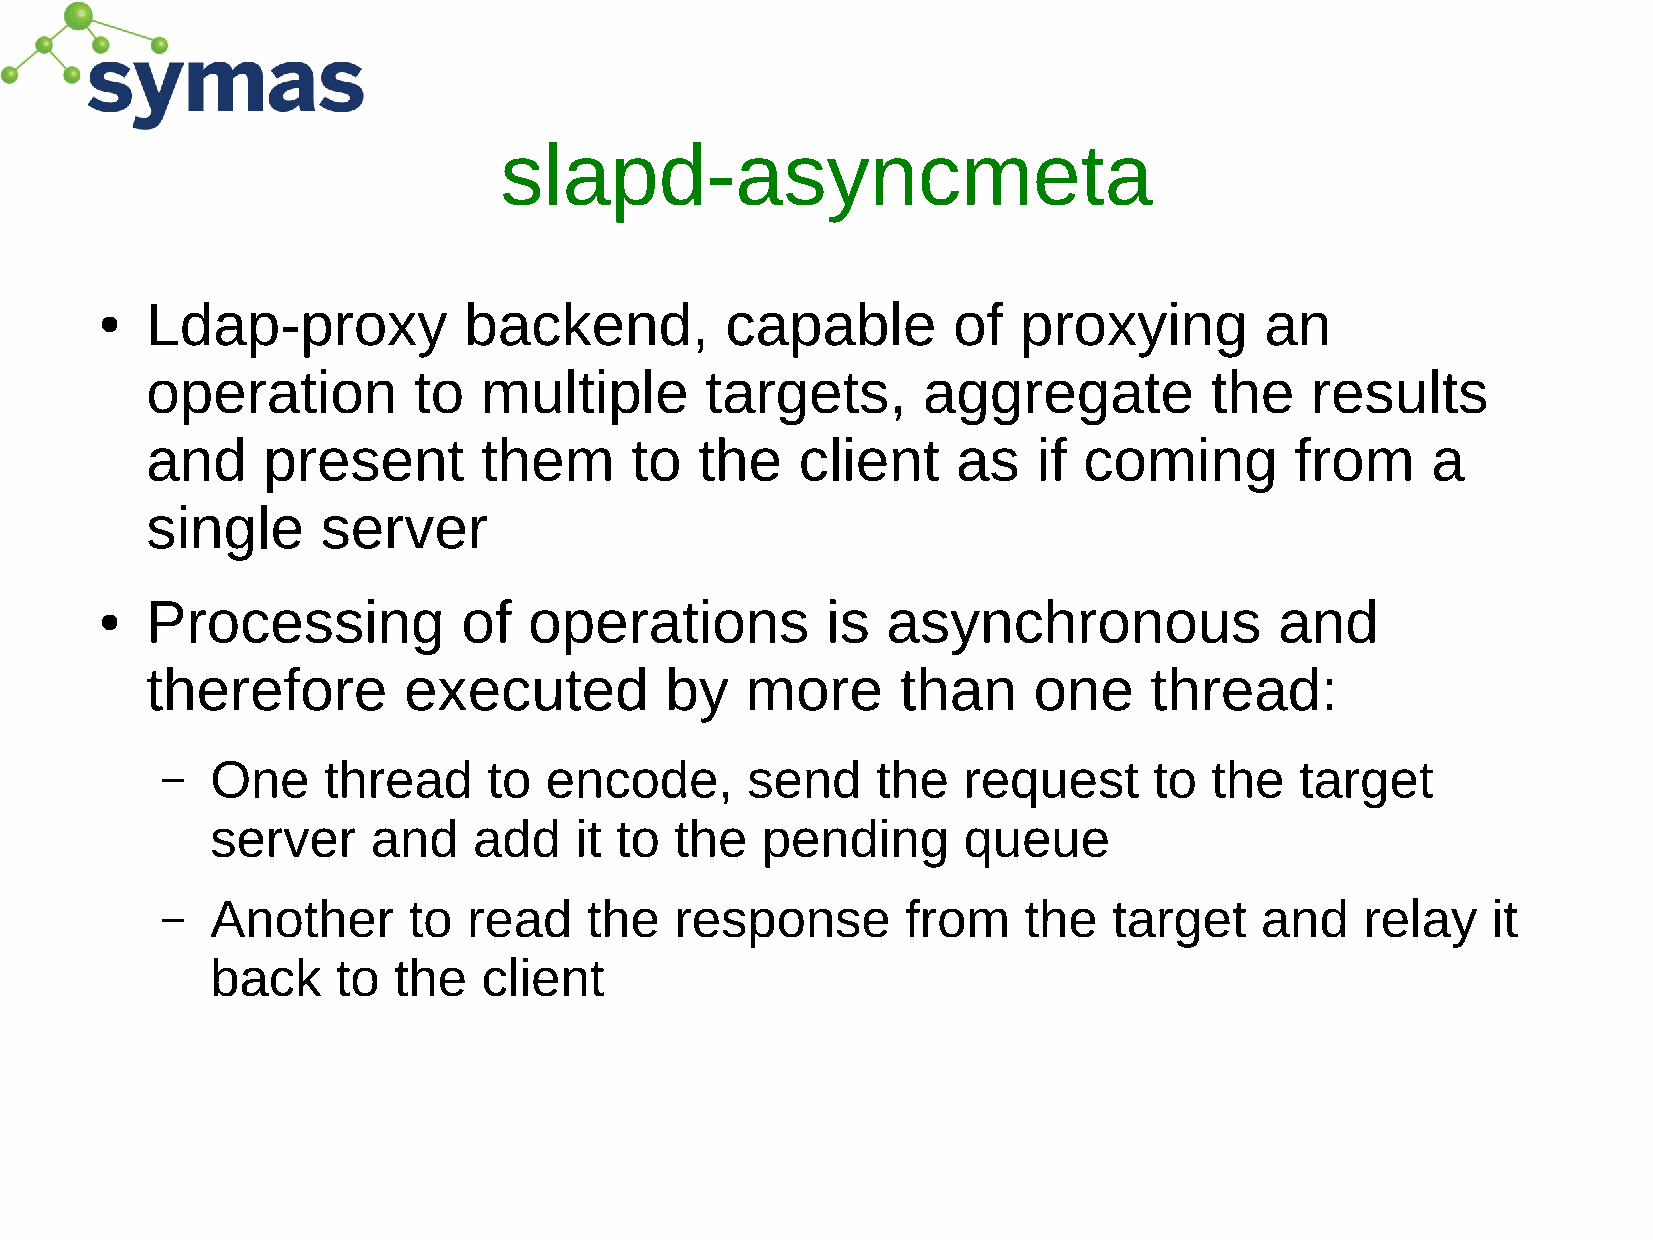
slapd-asyncmeta
 Ldap-proxy           backend,         capable        of  proxying         an
 ●
 operation        to   multiple       targets,      aggregate          the    results
 and    present        them      to  the    client    as    if coming        from     a
 single     server
 Processing           of  operations          is  asynchronous              and
 ●
 therefore        executed         by   more       than    one     thread:
 –  One    thread     to  encode,      send     the   request     to  the   target
 server     and   add    it to  the  pending       queue
 –  Another      to  read    the   response       from    the   target   and    relay    it
 back    to  the   client